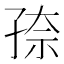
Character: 𰌫